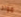
مواد